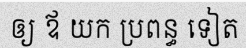
ឲ្យ ឪ យក ប្រពន្ធ ទៀត